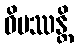
ဝိပဿန္တိ